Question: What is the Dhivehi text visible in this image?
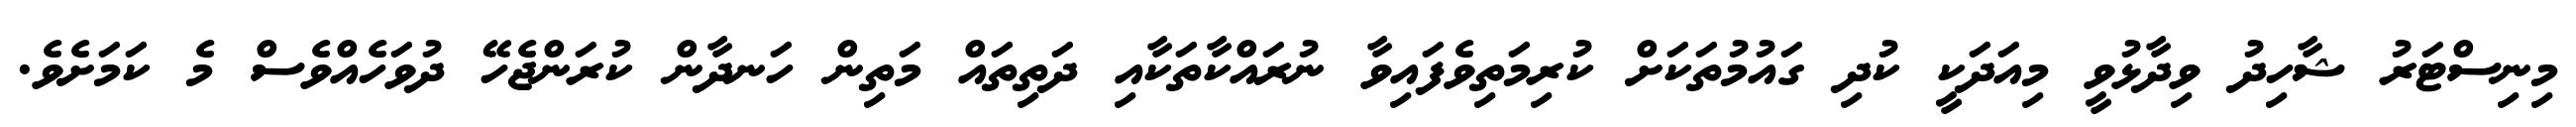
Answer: މިނިސްޓަރު ޝާހިދު ވިދާޅުވީ މިއަދަކީ ކުދި ގައުމުތަކަށް ކުރިމަތިވެފައިވާ ނުރައްކާތަކާއި ދަތިތައް މަތިން ހަނދާން ކުރަންޖެހޭ ދުވަހެއްވެސް މެ ކަމަށެވެ.